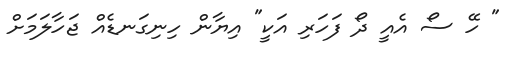
" ހޭ ސޯ އެއީ ދޯ ފަހަރި އަކީ" އިޔާން ހިނިގަނޑެއް ޖަހާލަމަށް